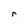
Character: r